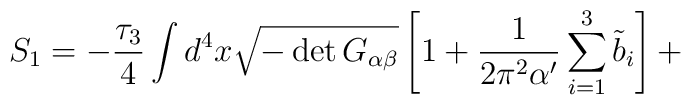
S_1 = - \frac{\tau_3}{4} \int d^{4} x \sqrt{- \det G_{\alpha \beta}}\left[1 + \frac{1}{2 \pi^2 \alpha'} \sum_{i=1}^{3} {\tilde{b}}_i\right] +